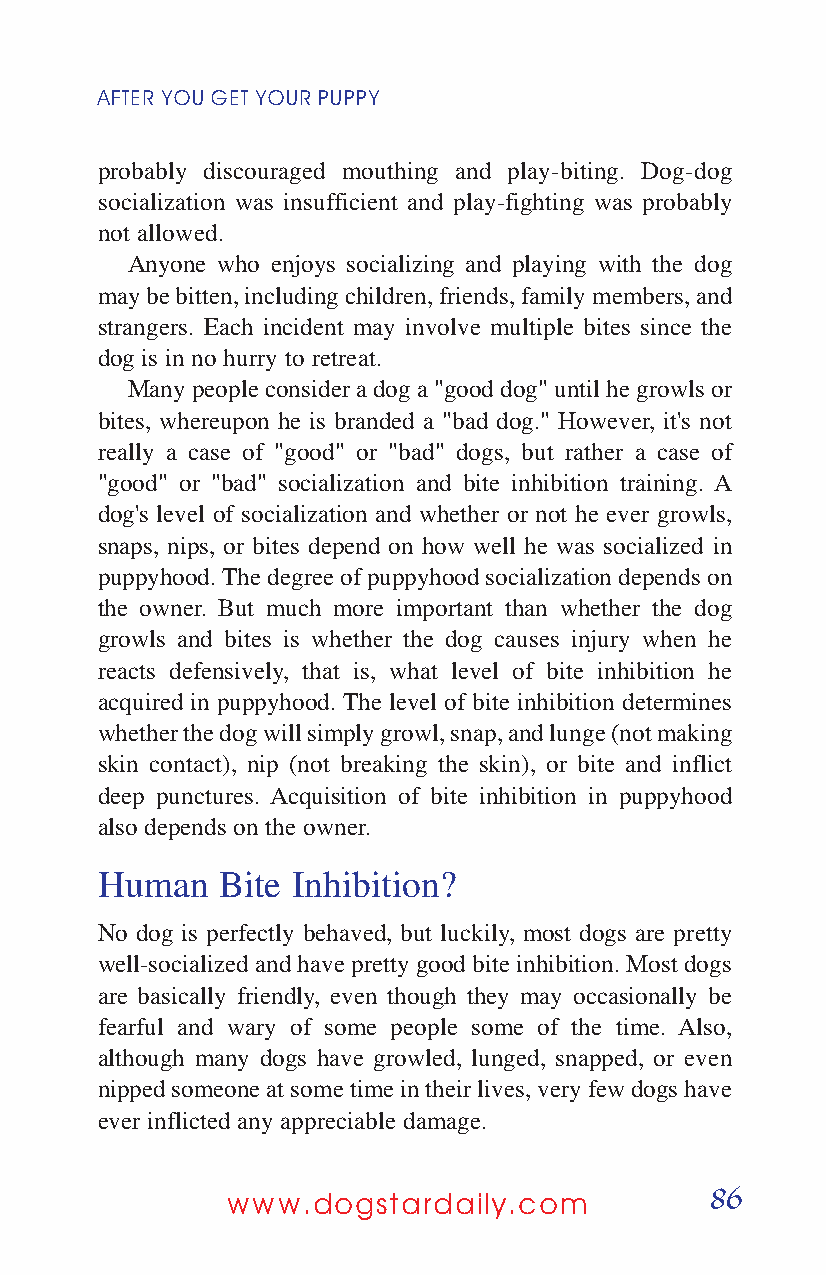
AFTER YOUGETYOURPUPPY
 probably discouraged mouthing and play-biting. Dog-dog
 socialization was insufficient and play-fighting was probably
 not allowed.
 Anyone who enjoys socializing and playing with the dog
 may be bitten, including children, friends, family members, and
 strangers. Each incident may involve multiple bites since the
 dog is in no hurry to retreat.
 Many people consider a dog a "good dog" until he growls or
 bites, whereupon he is branded a "bad dog." However, it's not
 really a case of "good" or "bad" dogs, but rather a case of
 "good" or "bad" socialization and bite inhibition training. A
 dog's level of socialization and whether or not he ever growls,
 snaps, nips, or bites depend on how well he was socialized in
 puppyhood. The degree of puppyhood socialization depends on
 the owner. But much more important than whether the dog
 growls and bites is whether the dog causes injury when he
 reacts defensively, that is, what level of bite inhibition he
 acquired in puppyhood. The level of bite inhibition determines
 whether the dog will simply growl, snap, and lunge (not making
 skin contact), nip (not breaking the skin), or bite and inflict
 deep punctures. Acquisition of bite inhibition in puppyhood
 also depends on the owner.
 Human   Bite Inhibition?
 No dog is perfectly behaved, but luckily, most dogs are pretty
 well-socialized and have pretty good bite inhibition. Most dogs
 are basically friendly, even though they may occasionally be
 fearful and wary of some people some of the time. Also,
 although many dogs have growled, lunged, snapped, or even
 nipped someone at some time in their lives, very few dogs have
 ever inflicted any appreciable damage.
 86
 www.dogstardaily.com